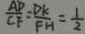
\frac { A D } { C F } = \frac { D K } { F H } = \frac { 1 } { 2 }